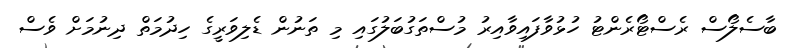
ބާސެލޯސް ރެސްޓޯރެންޓު ހުޅުވާފައިވާއިރު މުސްތަގުބަލުގައި މި ތަނުން ޑެލިވަރީގެ ހިދުމަތް ދިނުމަށް ވެސް